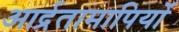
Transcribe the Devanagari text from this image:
आर्द्रतामापियों